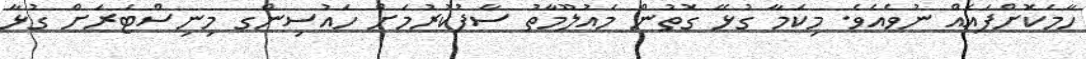
ހާމަކޮށްފައެއް ނުވެއެވެ. މިކަމާ ގުޅޭ ގޮތުން މައުލޫމާތު ސާފުކުރުމަށް ހައުސިންގ މިނިސްޓަރަށް ގުޅާ